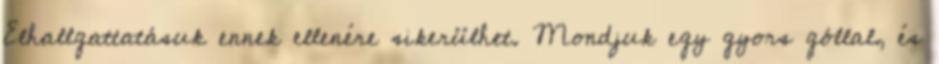
Elhallgattatásuk ennek ellenére sikerülhet. Mondjuk egy gyors góllal, és